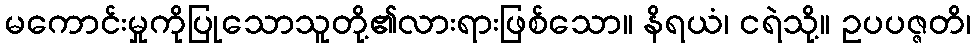
မကောင်းမှုကိုပြုသောသူတို့၏လားရားဖြစ်သော။ နိရယံ၊ ငရဲသို့။ ဥပပဇ္ဇတိ၊